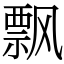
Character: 飘